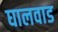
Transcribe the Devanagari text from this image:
घालवाड